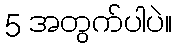
5 အတွက်ပါပဲ။